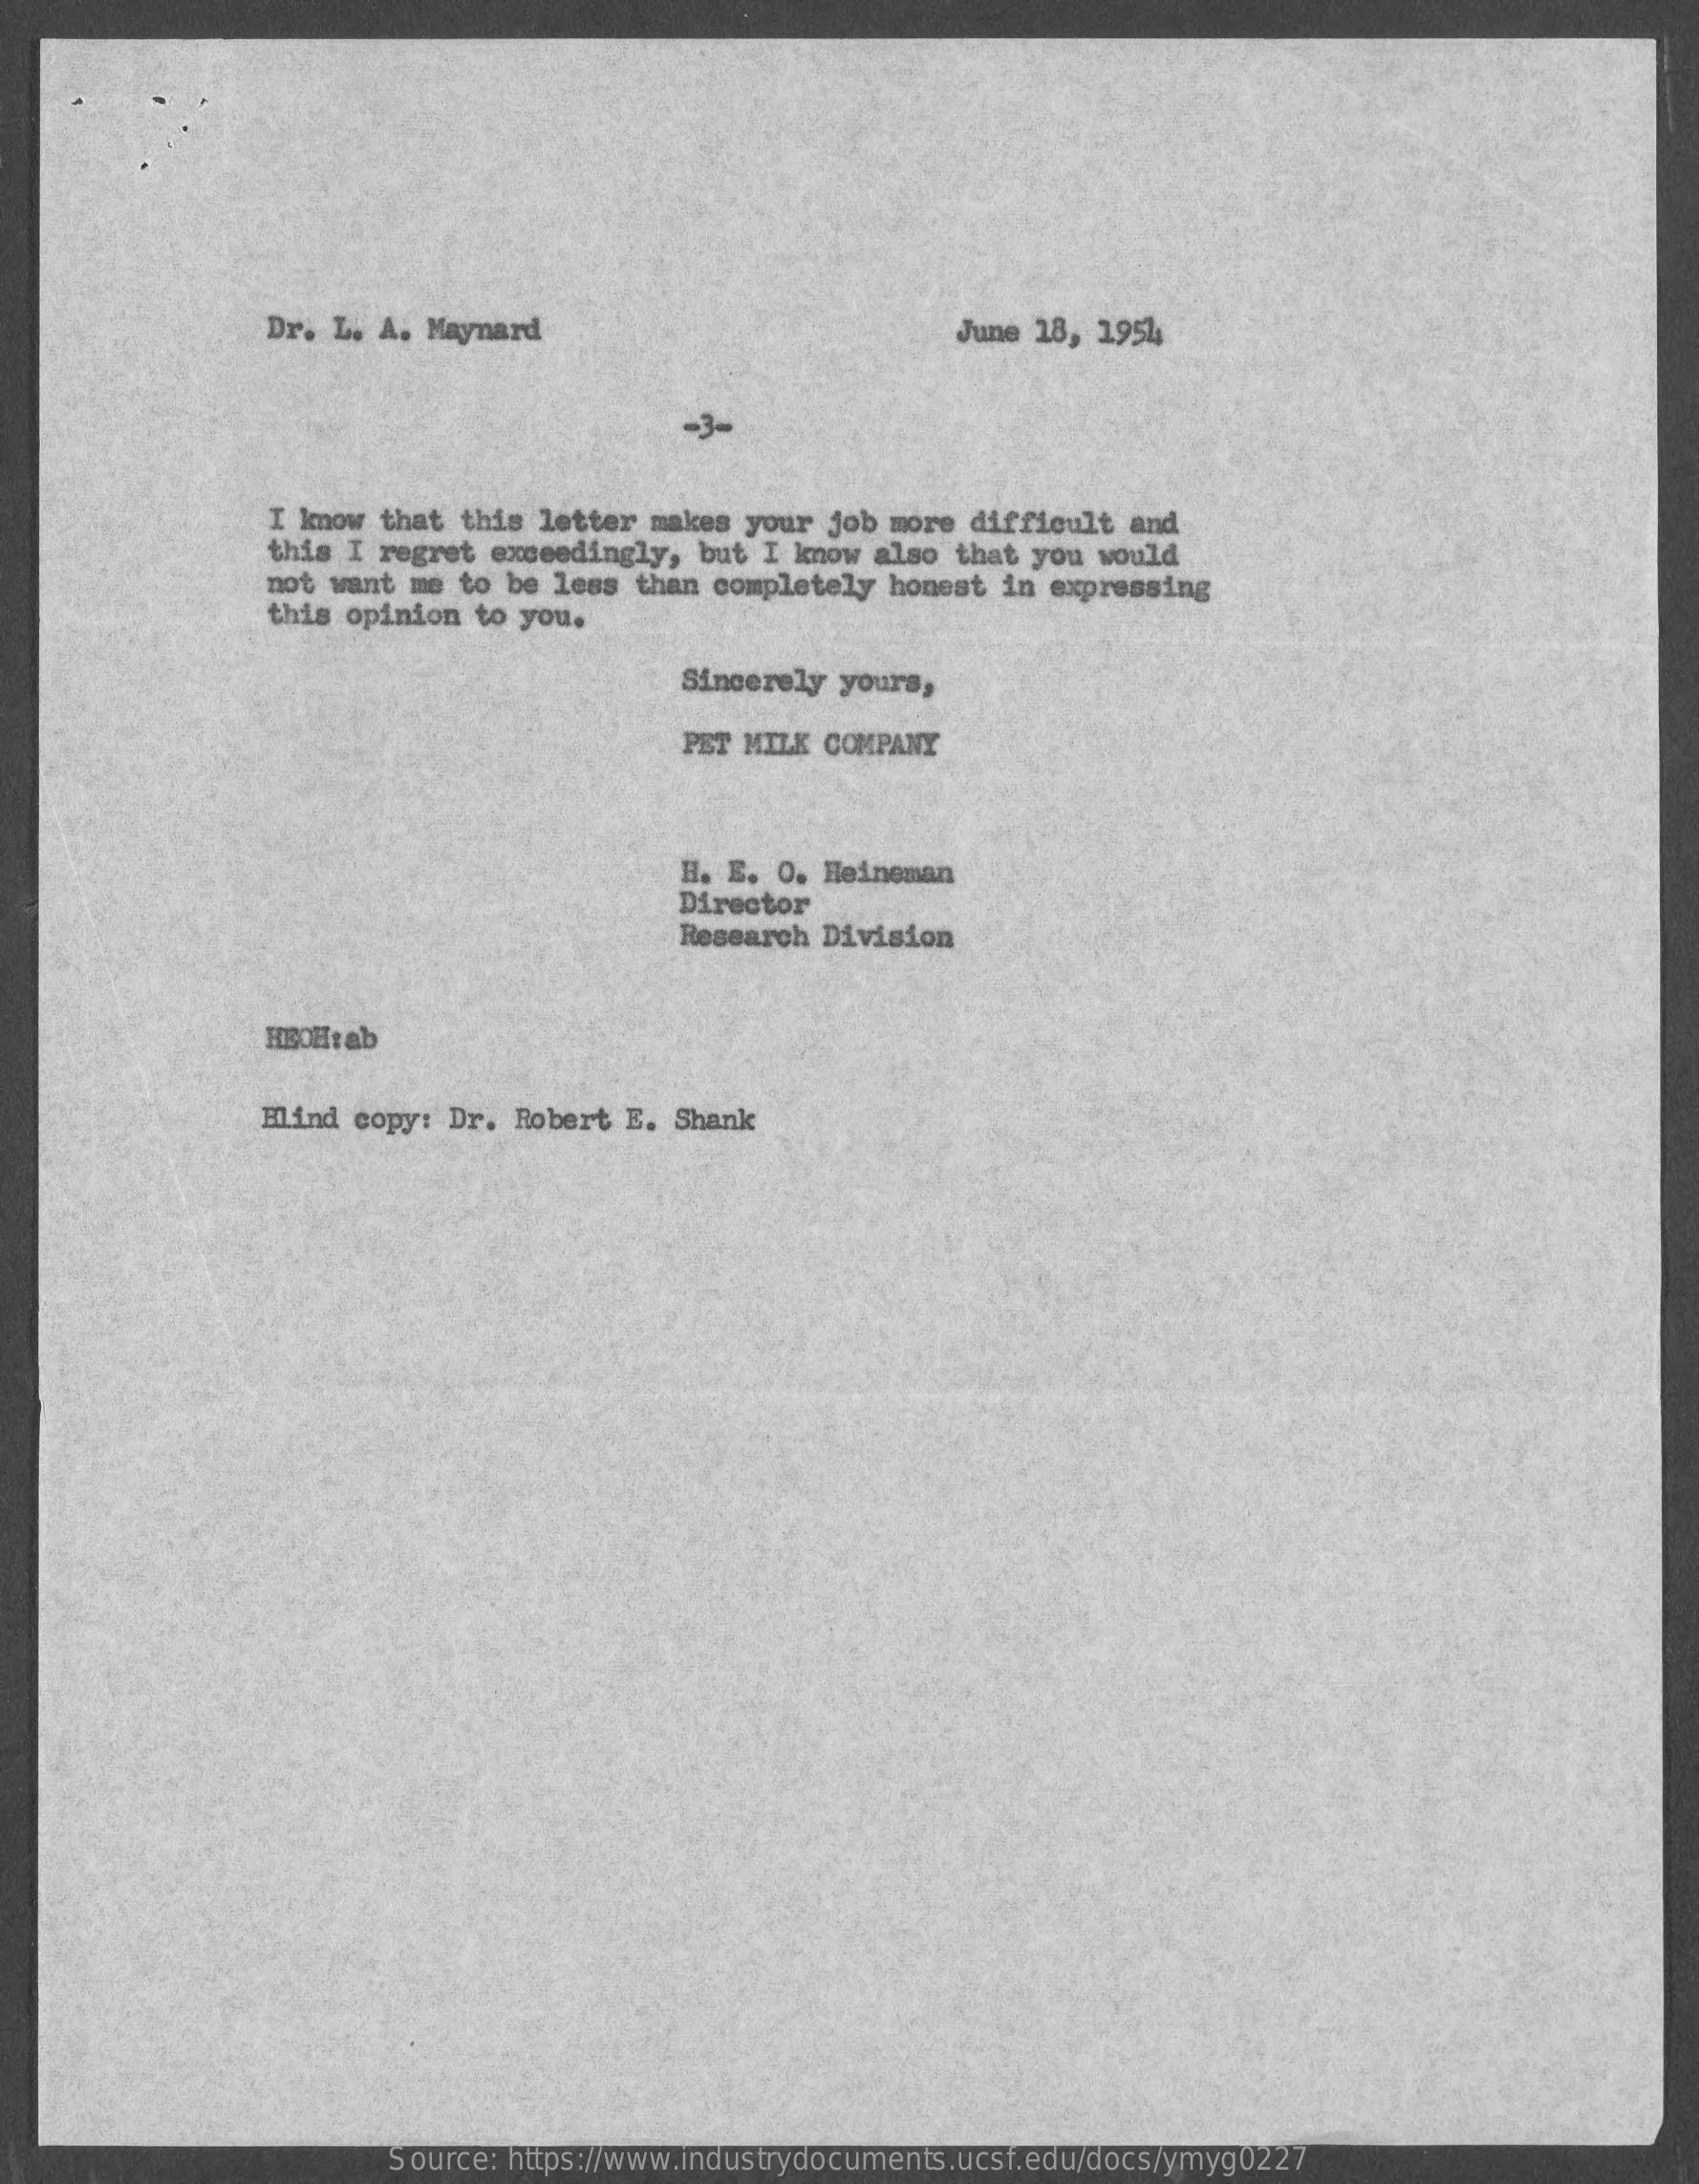
Dr. L. A. Maynard    June 18, 1954
     I know that this letter makes your job more difficult  and
     this I regret exceedingly,  but I know also that you  would
     not want me to be less than completely honest in expressing
     this opinion  to you.
     Sincerely yours,
     PET MILK COMPANY
     H. E. O. Heineman
     Director
     Research Division
     HEOHt ab
     Blind copy: Dr. Robert E. Shank
     Source: https://www.industrydocuments.ucsf.edu/docs/ymyg0227